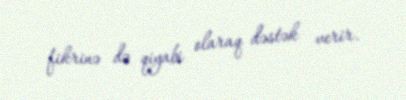
fikrinə də qiyabi olaraq dəstək verir.